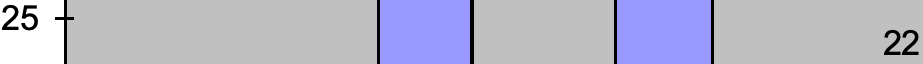
25 22